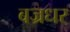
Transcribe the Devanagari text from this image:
बज्रधर